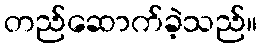
တည်ဆောက်ခဲ့သည်။